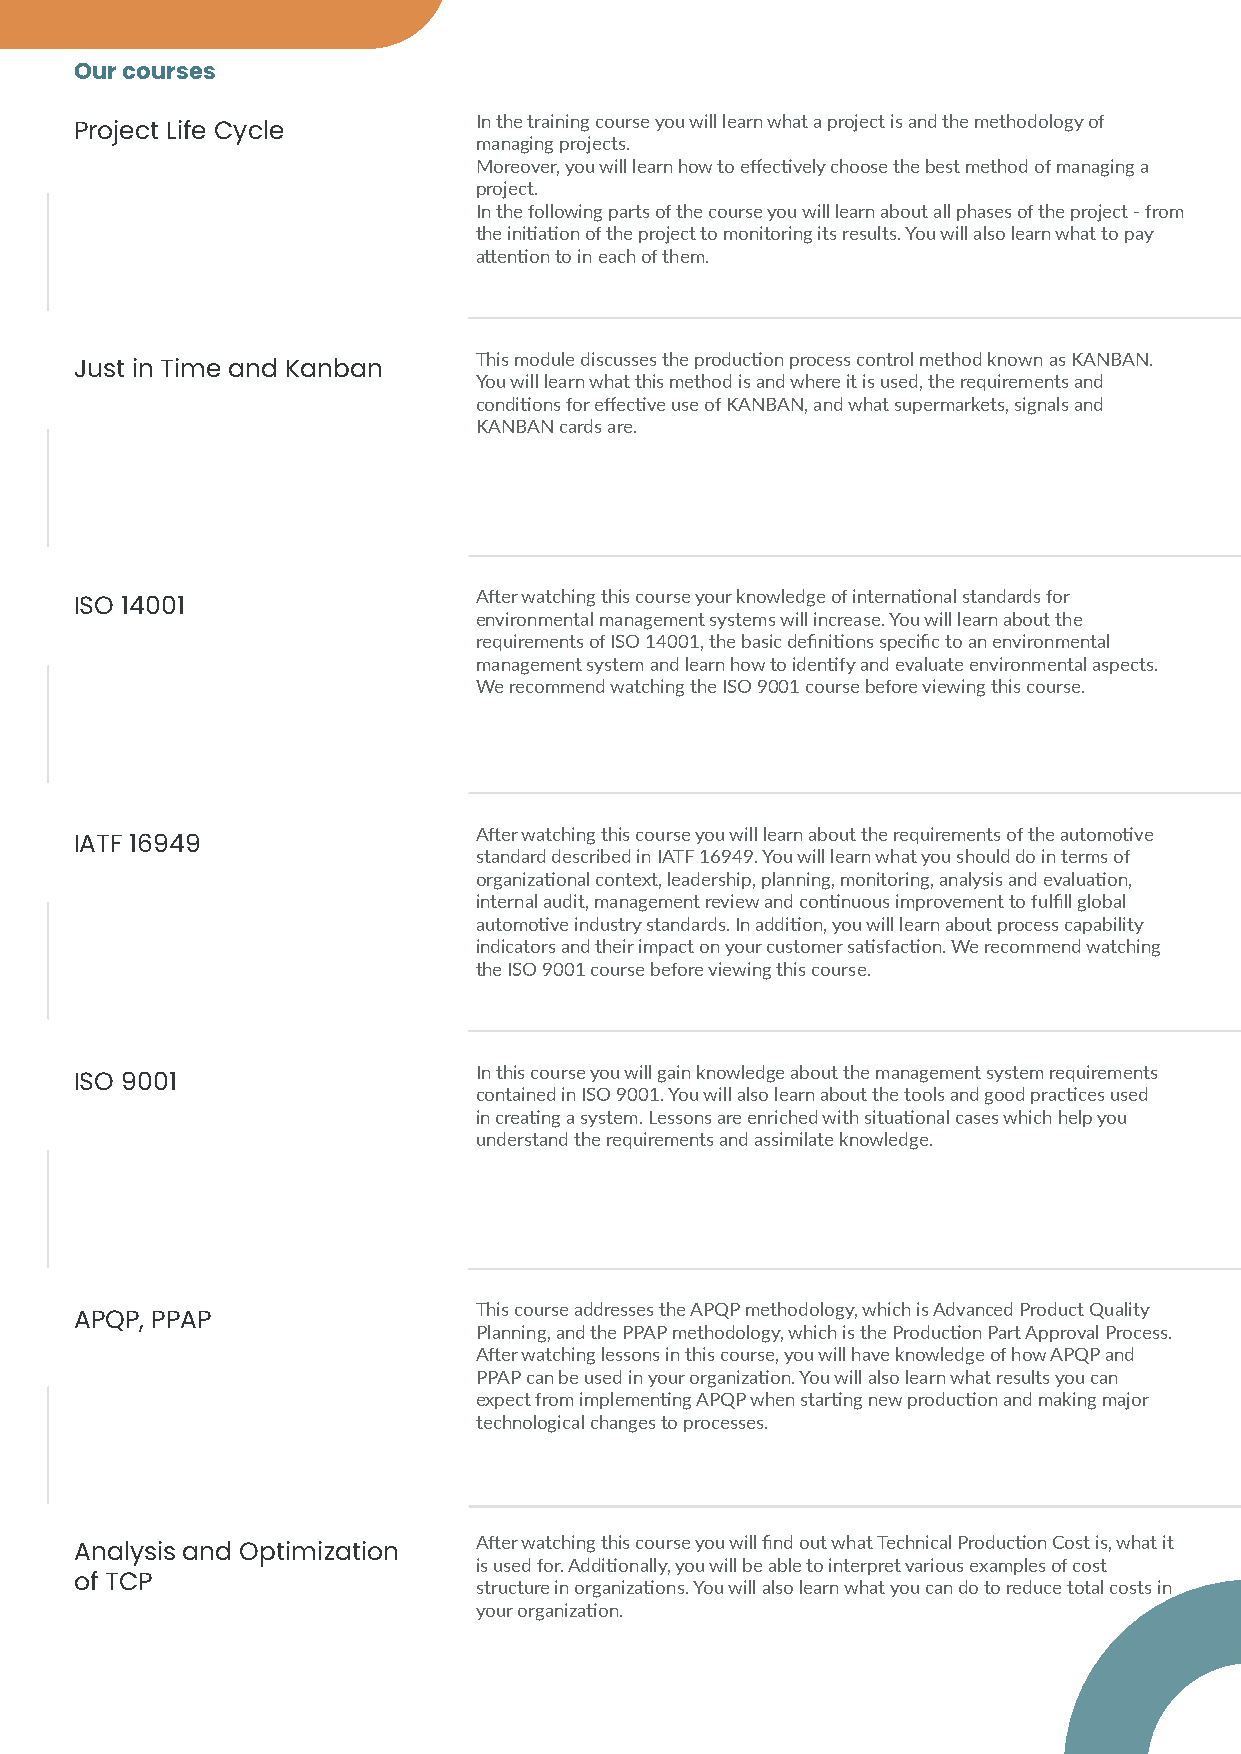
Our courses
 In the training course you will learn what a project is and the methodology of
 Project Life Cycle
 managing projects.
 Moreover, you will learn how to effectively choose the best method of managing a
 project.
 In the following parts of the course you will learn about all phases of the project - from
 the initiation of the project to monitoring its results. You will also learn what to pay
 attention to in each of them.
 This module discusses the production process control method known as KANBAN.
 Just in Time and Kanban
 You will learn what this method is and where it is used, the requirements and
 conditions for effective use of KANBAN, and what supermarkets, signals and
 KANBAN cards are.
 After watching this course your knowledge of international standards for
 ISO 14001
 environmental management systems will increase. You will learn about the
 requirements of ISO 14001, the basic definitions specific to an environmental
 management system and learn how to identify and evaluate environmental aspects.
 We recommend watching the ISO 9001 course before viewing this course.
 After watching this course you will learn about the requirements of the automotive
 IATF 16949
 standard described in IATF 16949. You will learn what you should do in terms of
 organizational context, leadership, planning, monitoring, analysis and evaluation,
 internal audit, management review and continuous improvement to fulfill global
 automotive industry standards. In addition, you will learn about process capability
 indicators and their impact on your customer satisfaction. We recommend watching
 the ISO 9001 course before viewing this course.
 In this course you will gain knowledge about the management system requirements
 ISO 9001
 contained in ISO 9001. You will also learn about the tools and good practices used
 in creating a system. Lessons are enriched with situational cases which help you
 understand the requirements and assimilate knowledge.
 This course addresses the APQP methodology, which is Advanced Product Quality
 APQP, PPAP
 Planning, and the PPAP methodology, which is the Production Part Approval Process.
 After watching lessons in this course, you will have knowledge of how APQP and
 PPAP can be used in your organization. You will also learn what results you can
 expect from implementing APQP when starting new production and making major
 technological changes to processes.
 After watching this course you will find out what Technical Production Cost is, what it
 Analysis and Optimization
 is used for. Additionally, you will be able to interpret various examples of cost
 of TCP                    structure in organizations. You will also learn what you can do to reduce total costs in
 your organization.